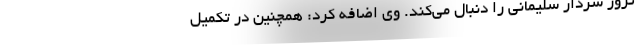
ترور سردار سلیمانی را دنبال می‌کند. وی اضافه کرد: همچنین در تکمیل